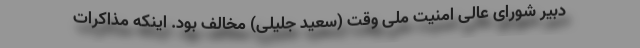
دبیر شورای عالی امنیت ملی وقت (سعید جلیلی) مخالف بود. اینکه مذاکرات